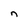
Character: n